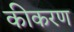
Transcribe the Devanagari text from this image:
कीकरण